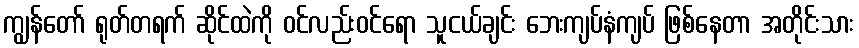
ကျွန်တော် ရုတ်တရက် ဆိုင်ထဲကို ဝင်လည်းဝင်ရော သူငယ်ချင်း ဘေးကျပ်နံကျပ် ဖြစ်နေတာ အတိုင်းသား